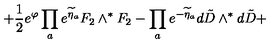
\left. + \frac { 1 } { 2 } e ^ { \varphi } \prod _ { a } e ^ { \widetilde \eta _ { a } } { F } _ { 2 } \wedge ^ { * } { F } _ { 2 } - \prod _ { a } e ^ { - \widetilde \eta _ { a } } d { \tilde { D } } \wedge ^ { * } d { \tilde { D } } + \right.